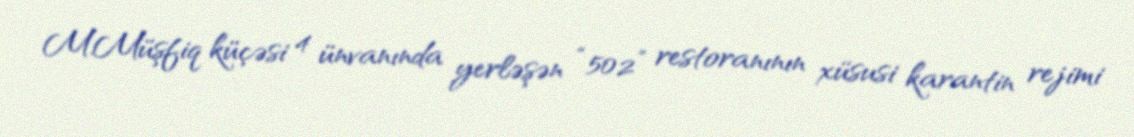
M.Müşfiq küçəsi 4 ünvanında yerləşən “502” restoranının xüsusi karantin rejimi